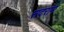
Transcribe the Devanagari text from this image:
सदराम